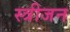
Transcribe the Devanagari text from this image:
स्त्रीजन